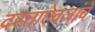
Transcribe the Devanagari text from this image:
दस्ताऐवजांचे